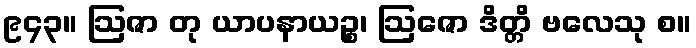
၉၄၃။ ဩဇာ တု ယာပနာယဉ္စ၊ ဩဇော ဒိတ္တိ ဗလေသု စ။